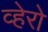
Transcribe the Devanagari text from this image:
व्हेरो